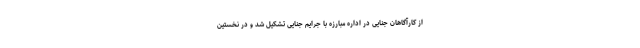
از کارآگاهان جنایی در اداره مبارزه با جرایم جنایی تشکیل شد و در نخستین